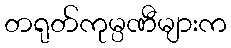
တရုတ်ကုမ္ပဏီများက